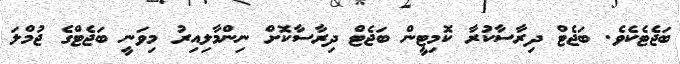
ބަޖެޓެކެވެ. ބަޖެޓް ދިރާސާކުރާ ކޮމިޓީން ބަޖެޓް ދިރާސާކޮށް ނިންމާލިއިރު މިވަނީ ބަޖެޓްގެ ޖުމްލަ